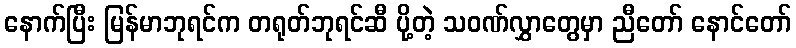
နောက်ပြီး မြန်မာဘုရင်က တရုတ်ဘုရင်ဆီ ပို့တဲ့ သဝဏ်လွှာတွေမှာ ညီတော် နောင်တော်